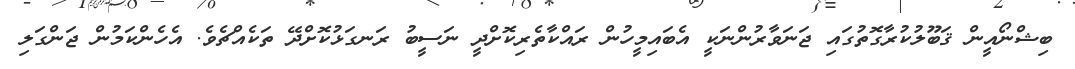
ބިޝްނޯއީން ޤަބޫލުކުރާގޮތުގައި ޖަނަވާރުންނަކީ އެބައިމީހުން ރައްކާތެރިކޮށްދީ ނަސީބު ރަނގަޅުކޮށްދޭ ތަކެއްޗެވެ. އެހެންކަމުން ޖަންގަލި